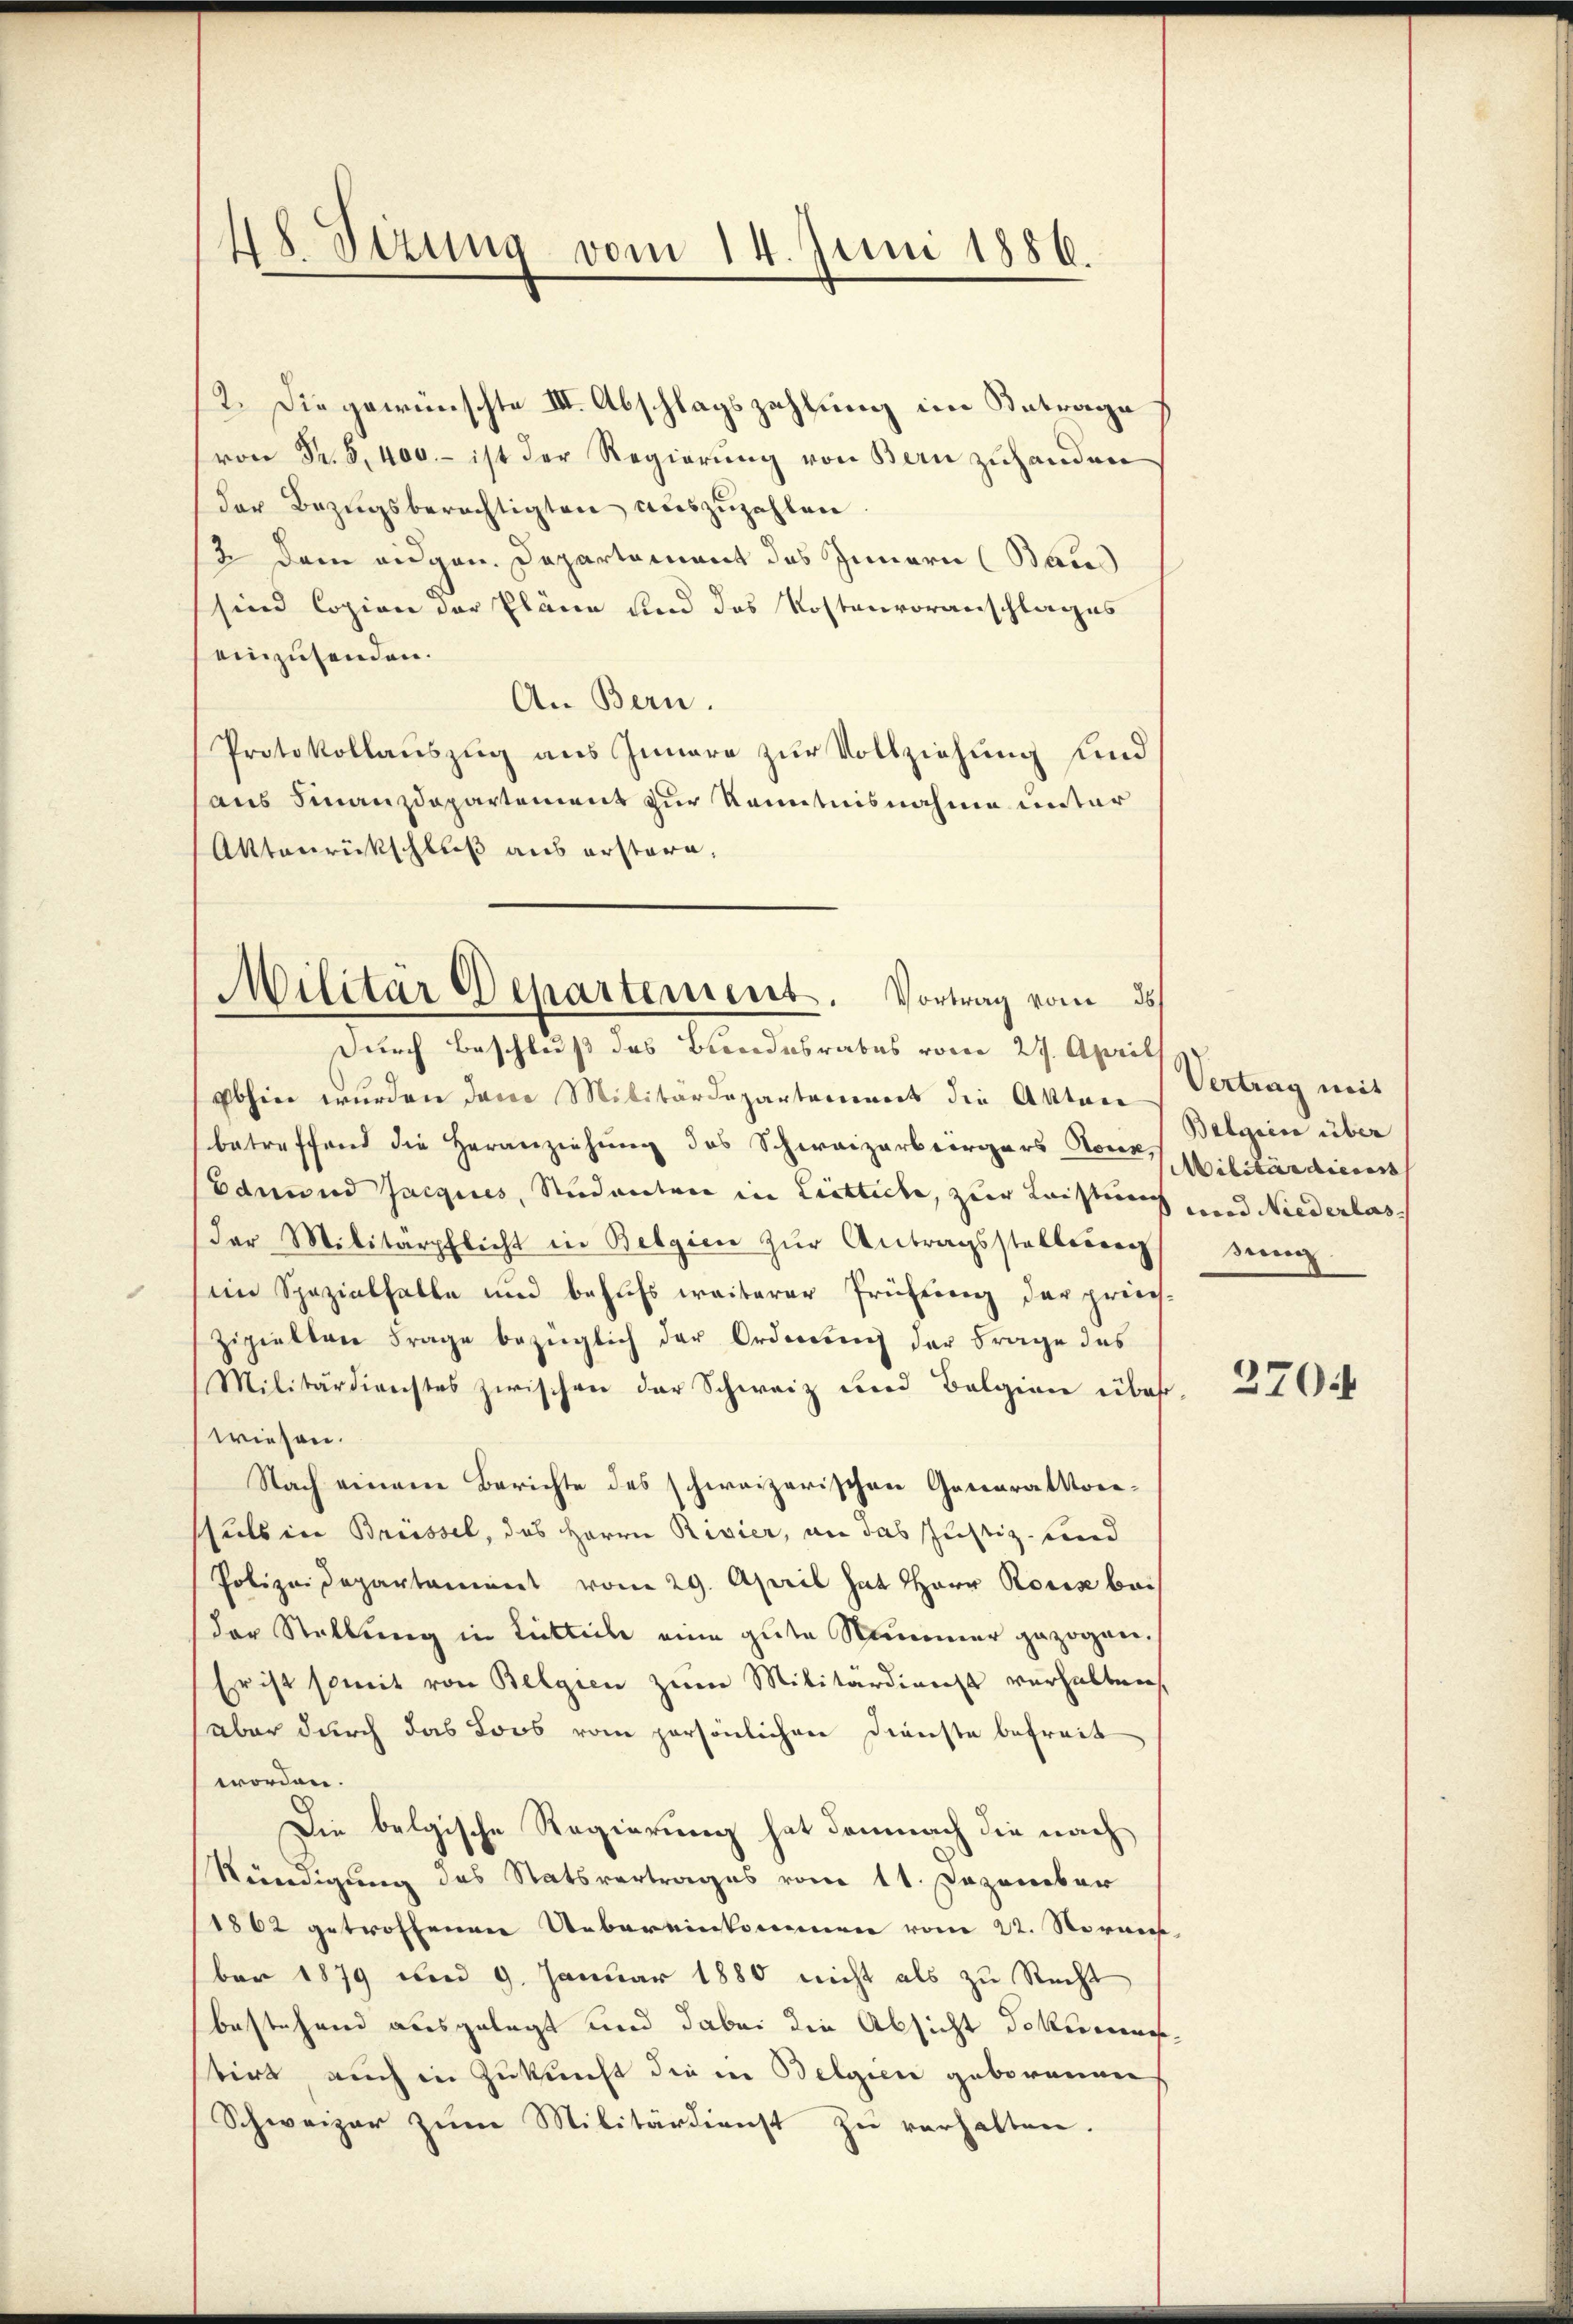
48 Vizung vom 14. Juni 1886.

2. Die gewünschte III. Abschlagszahlung im Antrage
von Fr. S. 400. – ist der Regierung von Bern zuhanden
der Bezŭgsberechtigten auszuzahlen.
3. Dem eidgen. Departement das Innern (Baces
sind Copion der Pläne und das Kostenvoranschlages
einzusenden.
An Bern.
Protokollauszug aus Innere zur Vollziehung und
aus Finanzdepartement zur Kenntnisnahme unter
Aktenrückschluß aus erstern,
Durch Beschluß des Bundesrabes vom 27. April
abhin wurden dem Militärdepartement die Akten Vertrag mit
betreffend die Heranziehung des Schwaizarbeirgers von Militärdiesen
Edmund Jacgices, Studenten in Liestecke, zur Leisten und Niederlas
der Militärpflicht in Belgien zŭr Antragsstellerren
im Spezialfalle und behufs weiterer Prüfung der priech-
zipielten Frage bezüglich der Ordnung der Frage das
Militärdienstes zwischen der Schweiz und Belgien über
wiesen.
Nach einem Berichte des schweizerischen Generalkonschuls in Brüssel, das Herrn Rivier, an das Justiz- und
Polizeidepartament vom 29. April hat Herr Rosis bei
der Stellung in Littich eine gute Nummer gezogen.
Er ist somit von Belgien zum Militärdienst verhalten,
aber durch das Loos vom persönlichen Dienste befreit
worden.
Die belgische Regierung hat demnach die nach
Rendigung des Statsvertrages vom 11. Dezember
1862 getroffenen Uebereinkommen vom 22. Voraus,
ber 1879 und 9. Januar 1880 nicht als zu Recht
bestehend ausgelegt und dabei die Absicht dekereines
tirt, auch in Zukunft die in Belgien geborenen
Schweizer zum Militärdienst zu verhalten.

Militär Departement. Vortrag vom 25.

Belgrise über
sein

2704